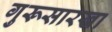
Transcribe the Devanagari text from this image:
गुरूसारखा